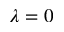
\lambda = 0